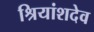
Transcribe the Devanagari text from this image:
श्रियांशदेव